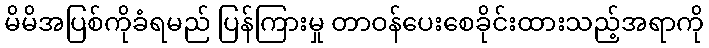
မိမိအပြစ်ကိုခံရမည် ပြန်ကြားမှု တာဝန်ပေးစေခိုင်းထားသည့်အရာကို